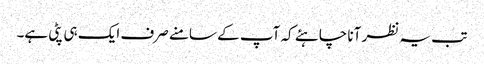
تب یہ نظر آنا چاہئے کہ آپ کے سامنے صرف ایک ہی پٹی ہے۔